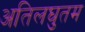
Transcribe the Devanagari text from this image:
अतिलघुतम